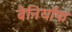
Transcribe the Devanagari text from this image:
बैनियॉफ